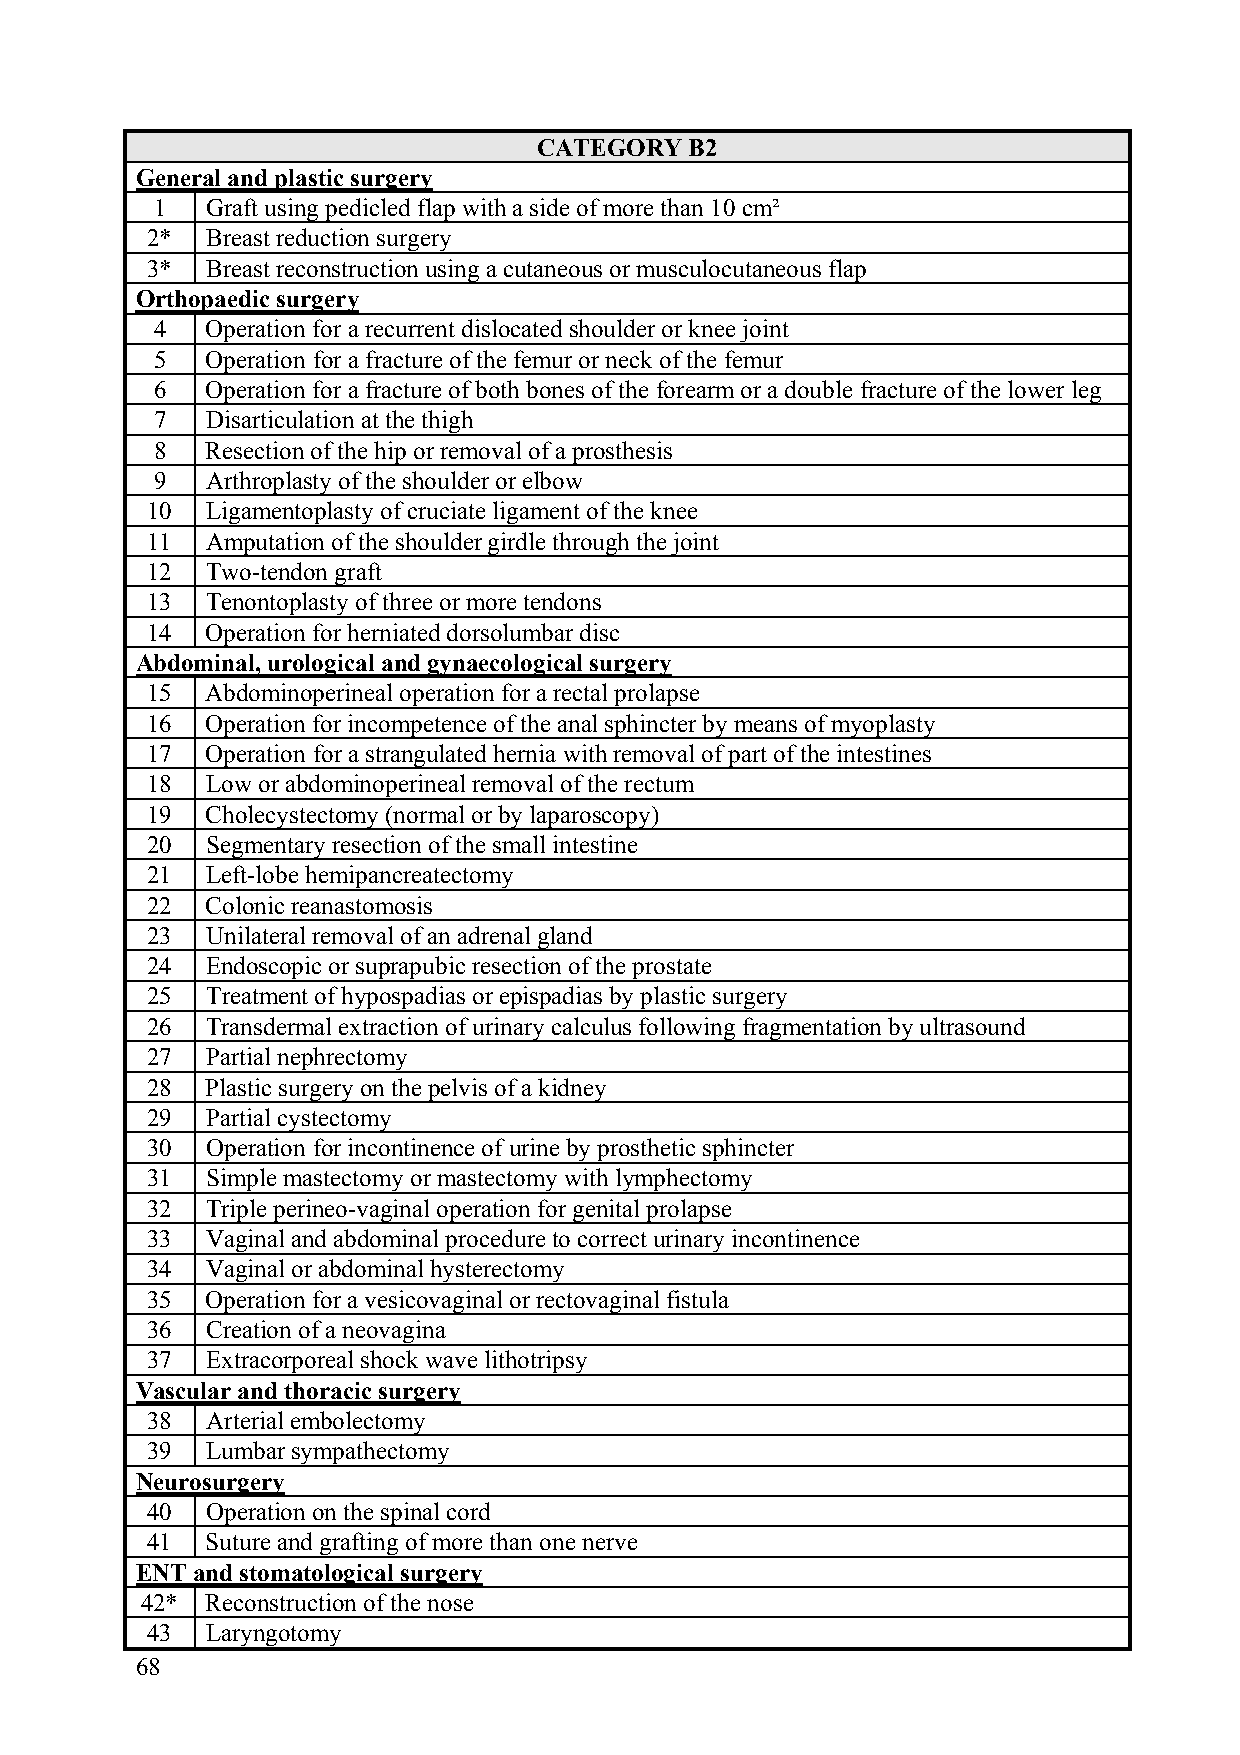
CATEGORY  B2
 General and plastic surgery
 1   Graft using pedicled flap with a side of more than 10 cm²
 2*  Breast reduction surgery
 3*  Breast reconstruction using a cutaneous or musculocutaneous flap
 Orthopaedic surgery
 4   Operation for a recurrent dislocated shoulder or knee joint
 5   Operation for a fracture of the femur or neck of the femur
 6   Operation for a fracture of both bones of the forearm or a double fracture of the lower leg
 7   Disarticulation at the thigh
 8   Resection of the hip or removal of a prosthesis
 9   Arthroplasty of the shoulder or elbow
 10  Ligamentoplasty of cruciate ligament of the knee
 11  Amputation of the shoulder girdle through the joint
 12  Two-tendon graft
 13  Tenontoplasty of three or more tendons
 14  Operation for herniated dorsolumbar disc
 Abdominal, urological and gynaecological surgery
 15  Abdominoperineal operation for a rectal prolapse
 16  Operation for incompetence of the anal sphincter by means of myoplasty
 17  Operation for a strangulated hernia with removal of part of the intestines
 18  Low or abdominoperineal removal of the rectum
 19  Cholecystectomy (normal or by laparoscopy)
 20  Segmentary resection of the small intestine
 21  Left-lobe hemipancreatectomy
 22  Colonic reanastomosis
 23  Unilateral removal of an adrenal gland
 24  Endoscopic or suprapubic resection of the prostate
 25  Treatment of hypospadias or epispadias by plastic surgery
 26  Transdermal extraction of urinary calculus following fragmentation by ultrasound
 27  Partial nephrectomy
 28  Plastic surgery on the pelvis of a kidney
 29  Partial cystectomy
 30  Operation for incontinence of urine by prosthetic sphincter
 31  Simple mastectomy or mastectomy with lymphectomy
 32  Triple perineo-vaginal operation for genital prolapse
 33  Vaginal and abdominal procedure to correct urinary incontinence
 34  Vaginal or abdominal hysterectomy
 35  Operation for a vesicovaginal or rectovaginal fistula
 36  Creation of a neovagina
 37  Extracorporeal shock wave lithotripsy
 Vascular and thoracic surgery
 38  Arterial embolectomy
 39  Lumbar sympathectomy
 Neurosurgery
 40  Operation on the spinal cord
 41  Suture and grafting of more than one nerve
 ENT and stomatological surgery
 42*  Reconstruction of the nose
 43  Laryngotomy
 68